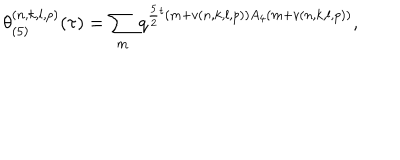
\theta _ { ( 5 ) } ^ { ( n , k , l , p ) } ( \tau ) = \sum _ { m } q ^ { \frac { 5 } { 2 } { } ^ { t } ( m + v ( n , k , l , p ) ) A _ { 4 } ( m + v ( n , k , l , p ) ) } ,